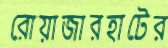
রোয়াজারহাটের